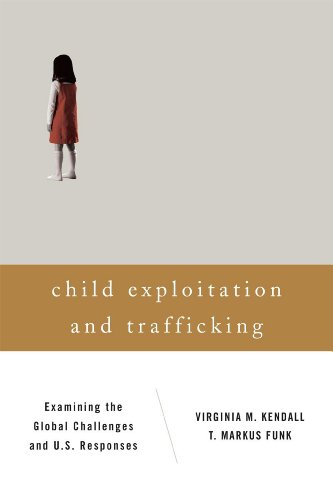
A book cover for Child Exploitation and Trafficking: Examining the Global Challenges and U.S. Responses; Virginia M. Kendall; Law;